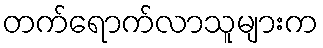
တက်ရောက်လာသူများက